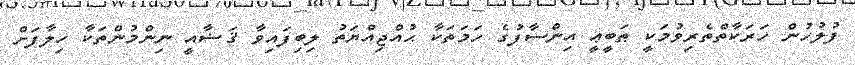
ފުލުހުން ހަރަކާތްތެރިވުމަކީ ޠަބީޢީ އިންސާފުގެ ހަމަތަކާ ޙުއްޖިއްޔަތު ލިބިފައިވާ ޤަޟާއީ ނިންމުންތަކާ ހިލާފަށް